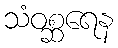
သံဝစ္ဆရေန